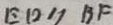
E D / / B F